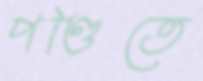
পণ্ডিতে